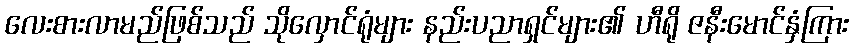
လေးစားလာမည်ဖြစ်သည် သိုလှောင်ရုံများ နည်းပညာရှင်များ၏ ဟီရို ဇနီးမောင်နှံကြား